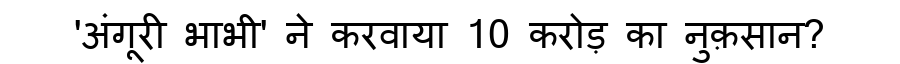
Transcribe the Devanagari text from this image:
'अंगूरी भाभी' ने करवाया 10 करोड़ का नुक़सान?